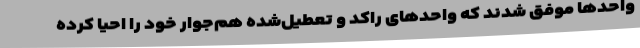
واحدها موفق شدند که واحدهای راکد و تعطیل‌شده هم‌جوار خود را احیا کرده